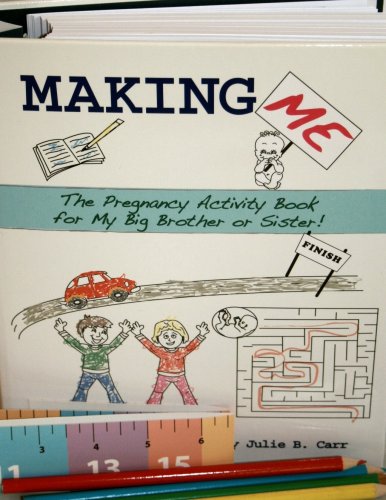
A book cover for Making Me: The Pregnancy Activity Book for My Big Brother or Sister (Sibling Book); Julie B. Carr; Parenting & Relationships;